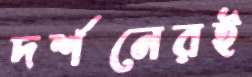
দর্শনেরই